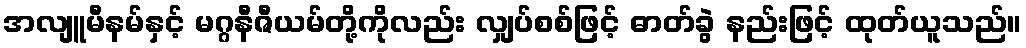
အလျူမီနမ်နှင့် မဂ္ဂနီဇီယမ်တို့ကိုလည်း လျှပ်စစ်ဖြင့် ဓာတ်ခွဲ နည်းဖြင့် ထုတ်ယူသည်။